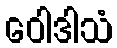
ဝေါဒါသံ